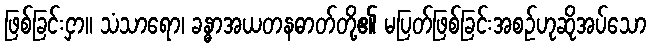
ဖြစ်ခြင်းငှာ။ သံသာရော၊ ခန္ဓာအယတနဓာတ်တို့၏ မပြတ်ဖြစ်ခြင်းအစဉ်ဟုဆိုအပ်သော